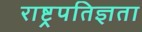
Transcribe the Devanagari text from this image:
राष्ट्रपतिज्ञता